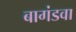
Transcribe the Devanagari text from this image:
बागंडवा